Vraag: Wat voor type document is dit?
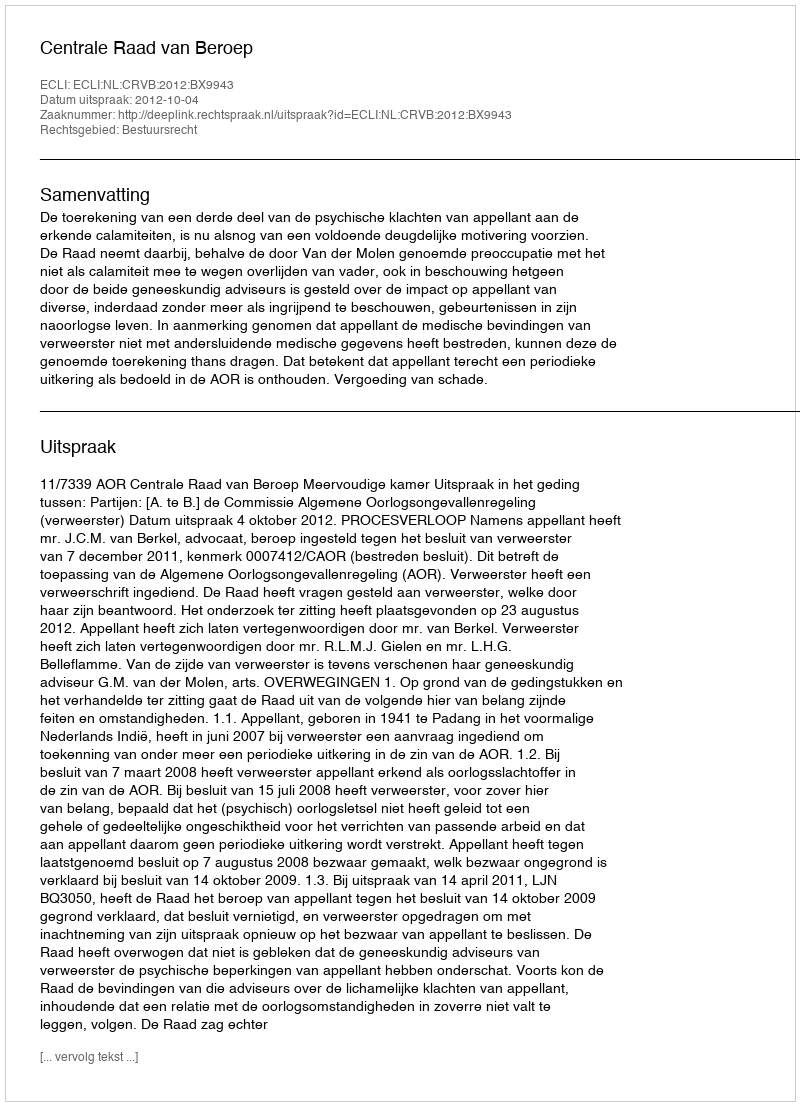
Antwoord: Uitspraak